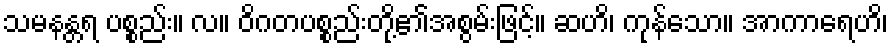
သမနန္တရ ပစ္စည်း။ လ။ ဝိဂတပစ္စည်းတို့၏အစွမ်းဖြင့်။ ဆဟိ၊ ကုန်သော။ အာကာရေဟိ၊